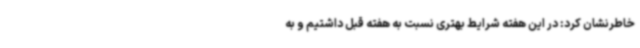
خاطرنشان کرد: در این هفته شرایط بهتری نسبت به هفته قبل داشتیم و به